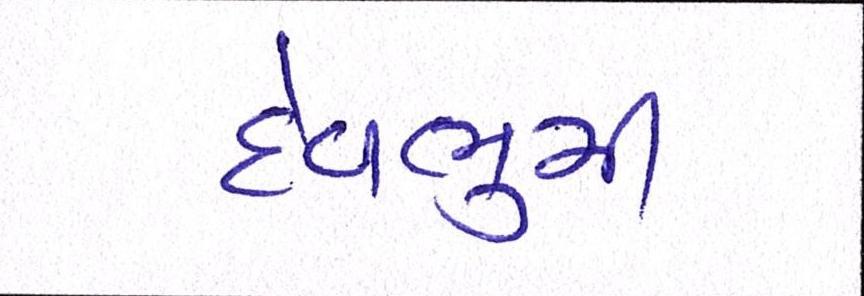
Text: દેવભુમી